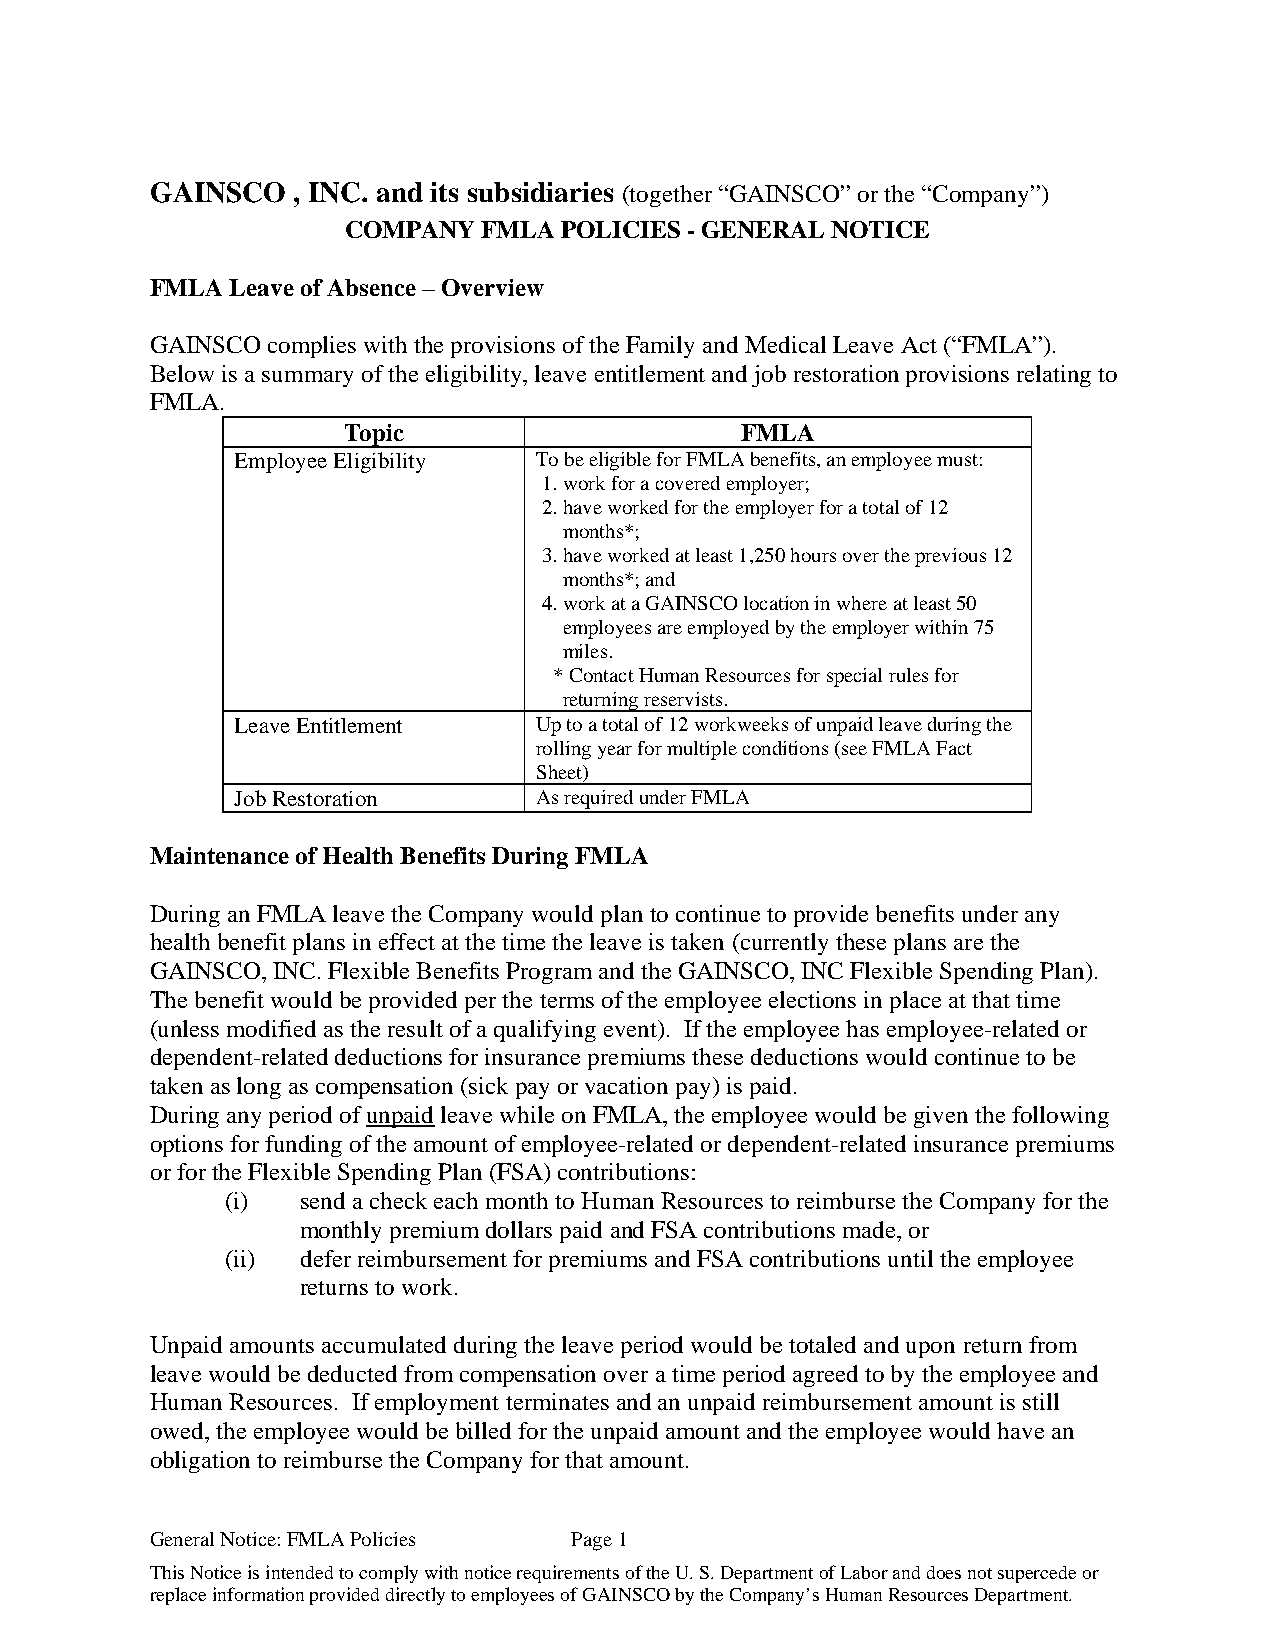
GAINSCO  , INC. and its subsidiaries (together “GAINSCO” or the “Company”)
 COMPANY  FMLA POLICIES - GENERAL NOTICE
 FMLA Leave of Absence – Overview
 GAINSCO complies with the provisions of the Family and Medical Leave Act (“FMLA”).
 Below is a summary of the eligibility, leave entitlement and job restoration provisions relating to
 FMLA.
 Topic                     FMLA
 Employee Eligibility To be eligible for FMLA benefits, an employee must:
 1. work for a covered employer;
 2. have worked for the employer for a total of 12
 months*;
 3. have worked at least 1,250 hours over the previous 12
 months*; and
 4. work at a GAINSCO location in where at least 50
 employees are employed by the employer within 75
 miles.
 * Contact Human Resources for special rules for
 returning reservists.
 Leave Entitlement   Up to a total of 12 workweeks of unpaid leave during the
 rolling year for multiple conditions (see FMLA Fact
 Sheet)
 Job Restoration     As required under FMLA
 Maintenance of Health Benefits During FMLA
 During an FMLA leave the Company would plan to continue to provide benefits under any
 health benefit plans in effect at the time the leave is taken (currently these plans are the
 GAINSCO, INC. Flexible Benefits Program and the GAINSCO, INC Flexible Spending Plan).
 The benefit would be provided per the terms of the employee elections in place at that time
 (unless modified as the result of a qualifying event). If the employee has employee-related or
 dependent-related deductions for insurance premiums these deductions would continue to be
 taken as long as compensation (sick pay or vacation pay) is paid.
 During any period of unpaid leave while on FMLA, the employee would be given the following
 options for funding of the amount of employee-related or dependent-related insurance premiums
 or for the Flexible Spending Plan (FSA) contributions:
 (i)  send a check each month to Human Resources to reimburse the Company for the
 monthly premium dollars paid and FSA contributions made, or
 (ii) defer reimbursement for premiums and FSA contributions until the employee
 returns to work.
 Unpaid amounts accumulated during the leave period would be totaled and upon return from
 leave would be deducted from compensation over a time period agreed to by the employee and
 Human Resources. If employment terminates and an unpaid reimbursement amount is still
 owed, the employee would be billed for the unpaid amount and the employee would have an
 obligation to reimburse the Company for that amount.
 General Notice: FMLA Policies Page 1
 This Notice is intended to comply with notice requirements of the U. S. Department of Labor and does not supercede or
 replace information provided directly to employees of GAINSCO by the Company’s Human Resources Department.